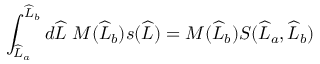
\int _ { \widehat { L } _ { a } } ^ { \widehat { L } _ { b } } d \widehat { L } \; M ( \widehat { L } _ { b } ) s ( \widehat { L } ) = M ( \widehat { L } _ { b } ) S ( \widehat { L } _ { a } , \widehat { L } _ { b } )